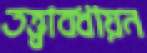
তত্ত্বাবধায়ন